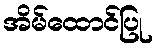
အိမ်ထောင်ပြု